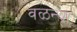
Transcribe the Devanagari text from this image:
वळन्या